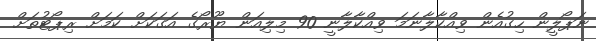
ނަޕޯލީން ހިގުއެން ވިއްކާލާނަމަ ވިއްކާލާނީ 90 މިލިއަން ޔޫރޯގެ އަގަކަށް ކަމަށް ރިޕޯޓުތަށް